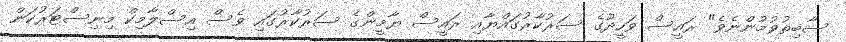
ސާބިތުވުމުންނެވެ" ރައީސް ވަހީދުގެ ސަރުކާރުގައްޔާއި ރައީސް ޔާމީންގެ ސަރުކާރުގައި ވެސް އިސްލާމިކް މިނިސްޓަރުކަން